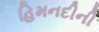
હિમનદીની